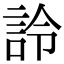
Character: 詅